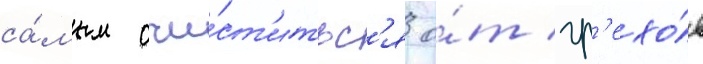
са́мым очи́ст'итьс'я о́т гр'ехо́в